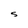
Character: S